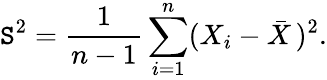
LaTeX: \mathtt{S}^{2}={\frac{{1}}{{n-1}}}\sum_{i=1}^{n}(X_{i}-{\bar{{X}}}\, )^{2}.